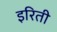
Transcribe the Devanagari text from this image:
इरिती